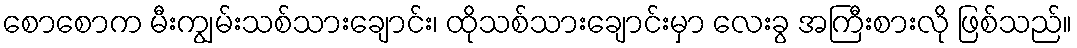
စောစောက မီးကျွမ်းသစ်သားချောင်း၊ ထိုသစ်သားချောင်းမှာ လေးခွ အကြီးစားလို ဖြစ်သည်။